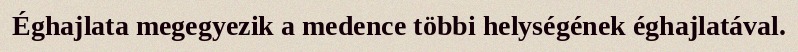
Éghajlata megegyezik a medence többi helységének éghajlatával.